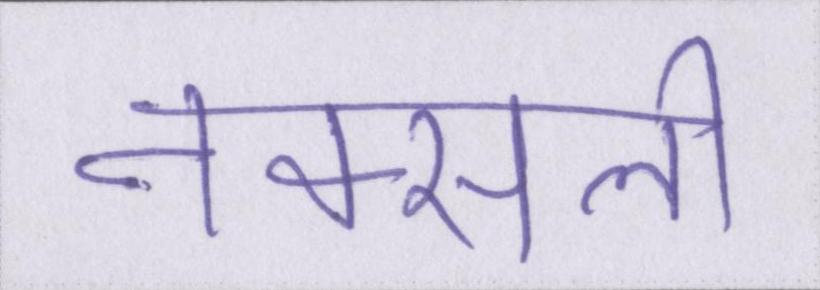
नक्सली